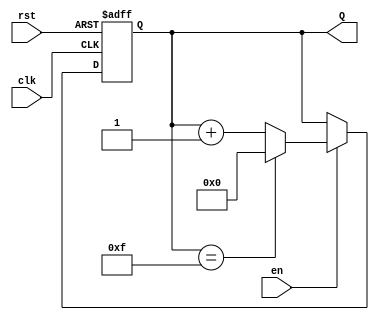
module binary_up_counter #(
    parameter n = 4  // Number of bits in the counter (default is 4 bits)
)(
    input clk,       // Clock signal
    input rst,       // Asynchronous reset signal (active high)
    input en,        // Enable signal for counting
    output reg [n-1:0] Q  // n-bit output count
);

    // Sequential logic for the counter
    always @(posedge clk or posedge rst) begin
        if (rst) begin
            // Reset the counter to 0
            Q <= 0;
        end else if (en) begin
            // Increment the counter, wrap around if necessary
            if (Q == (2**n - 1)) begin
                Q <= 0;  // Wrap around to 0
            end else begin
                Q <= Q + 1;  // Increment the counter
            end
        end
        // If enable is low, retain the current count (no action needed)
    end

endmodule